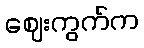
ဈေးကွက်က